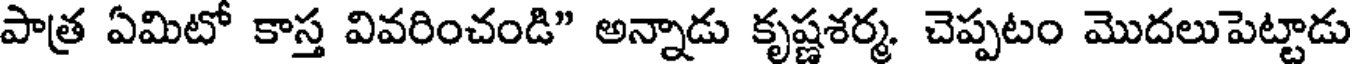
పాత్ర ఏమిటో కాస్త వివరించండి" అన్నాడు కృష్ణశర్మ. చెప్పటం మొదలుపెట్టాడు